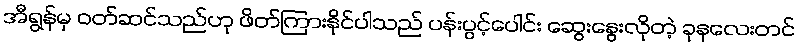
အီရွန်မှ ဝတ်ဆင်သည်ဟု ဖိတ်ကြားနိုင်ပါသည် ပန်းပွင့်ပေါင်း ဆွေးနွေးလိုတဲ့ ခုနလေးတင်